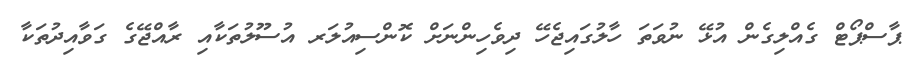
ޕާސްޕޯޓް ގެއްލިގެން އުޅޭ ނުވަތަ ހާލުގައިޖެހޭ ދިވެހިންނަށް ކޮންސިއުލަރ އުސޫލުތަކާއި ރާއްޖޭގެ ގަވާއިދުތަކާ